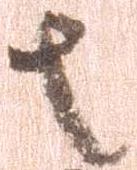
者